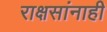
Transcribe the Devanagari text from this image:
राक्षसांनाही